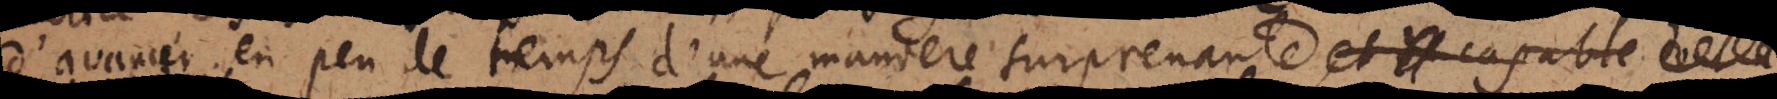
d’avancer en peu de temps d’une maniere surprenante, q